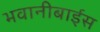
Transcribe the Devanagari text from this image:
भवानीबाईस